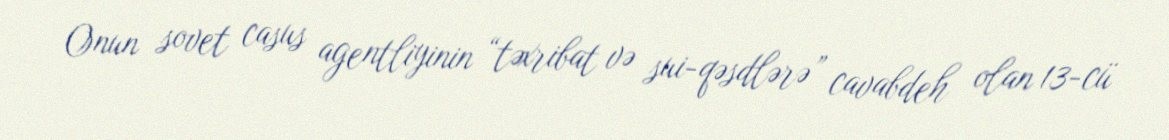
Onun sovet casus agentliyinin “təxribat və sui-qəsdlərə” cavabdeh olan 13-cü